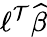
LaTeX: \ell^{\mathcal{T}}{\widehat{{\beta}}}